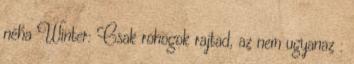
néha Winter: Csak rohogok rajtad, az nem ugyanaz :